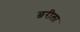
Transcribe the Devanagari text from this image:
छरीला